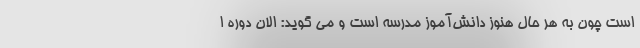
است چون به هر حال هنوز دانش‌آموز مدرسه است و می گوید: الان دوره ا